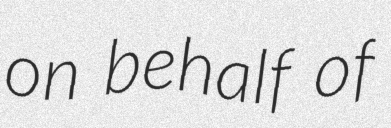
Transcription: on behalf of